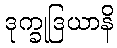
ဒုက္ခုဒြယာနိ